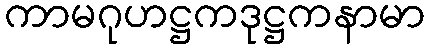
ကာမဂုဟဋ္ဌကဒုဋ္ဌကနာမာ